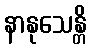
နာနုသေန္တိ